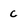
Character: c